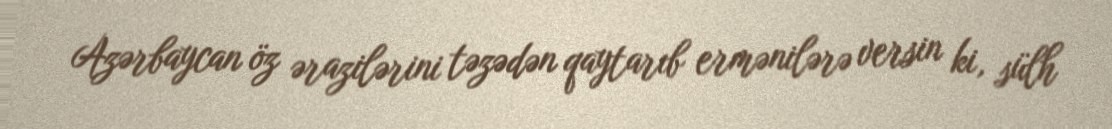
Azərbaycan öz ərazilərini təzədən qaytarıb ermənilərə versin ki, sülh